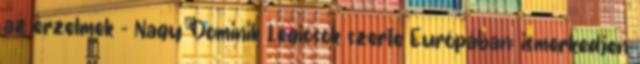
az érzelmek – Nagy Dominik Légiósok szerte Európában: ismerkedjen